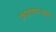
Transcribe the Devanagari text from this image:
रूपरसगन्धाश्च